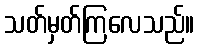
သတ်မှတ်ကြလေသည်။